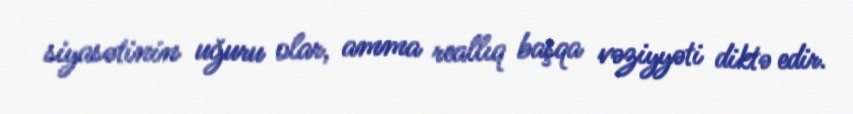
siyasətinin uğuru olar, amma reallıq başqa vəziyyəti diktə edir.